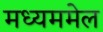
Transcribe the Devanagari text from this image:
मध्यममेल